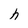
Character: h